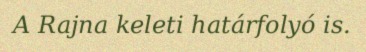
A Rajna keleti határfolyó is.